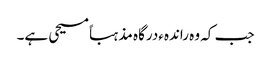
جب کہ وہ راندہءدرگاہ مذہباً مسیحی ہے۔